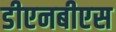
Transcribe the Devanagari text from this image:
डीएनबीएस